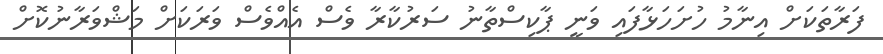
ފަރާތަކަށް އިނާމު ހުށަހަޅާފައި ވަނީ ޕާކިސްތާނު ސަރުކާރާ ވެސް އެއްވެސް ވަރަކަށް މަޝްވަރާނުކޮށް